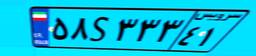
۵۸S۳۳۳۴۱